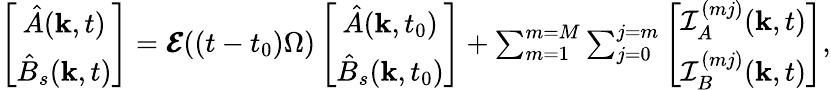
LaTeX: \begin{array}{r}{\left[\begin{array}{c}{{\hat{A}}(\mathbf{k},t)}\\ {{\hat{B}}_{s}(\mathbf{k},t)}\end{array}\right]=\pmb{\mathcal{E}}((t-t_{0})\Omega)\left[\begin{array}{c}{{\hat{A}}(\mathbf{k},t_{0})}\\ {{\hat{B}}_{s}(\mathbf{k},t_{0})}\end{array}\right]+\sum_{m=1}^{m=M}\sum_{j=0}^{j=m}\left[\begin{array}{c}{\mathcal{I}_{A}^{(mj)}(\mathbf{k},t)}\\ {\mathcal{I}_{B}^{(mj)}(\mathbf{k},t)}\end{array}\right],}\end{array}